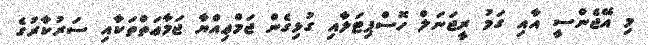
މި އޭޖެންސީ އާއި ގަމު ރީޖަނަލް ހޮސްޕިޓަލާއި ގުޅިގެން ޖަމްޢިއްޔާ ޖަމާޢަތްތަކާއި ސަރުކާރުގެ